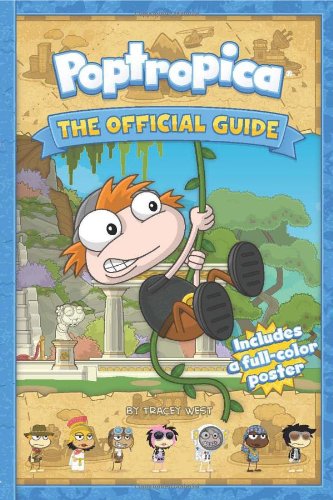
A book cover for Poptropica: The Official Guide; Tracey West; Children's Books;